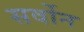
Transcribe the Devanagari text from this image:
सर्वोन